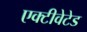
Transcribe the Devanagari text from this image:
एक्टीवेटेड